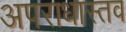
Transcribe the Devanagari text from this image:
अपराधास्तव